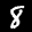
Label: 8